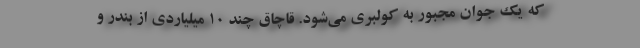
که یک جوان مجبور به کولبری می‌شود. قاچاق چند ۱۰ میلیاردی از بندر و